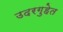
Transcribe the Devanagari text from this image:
उदरगुहेत